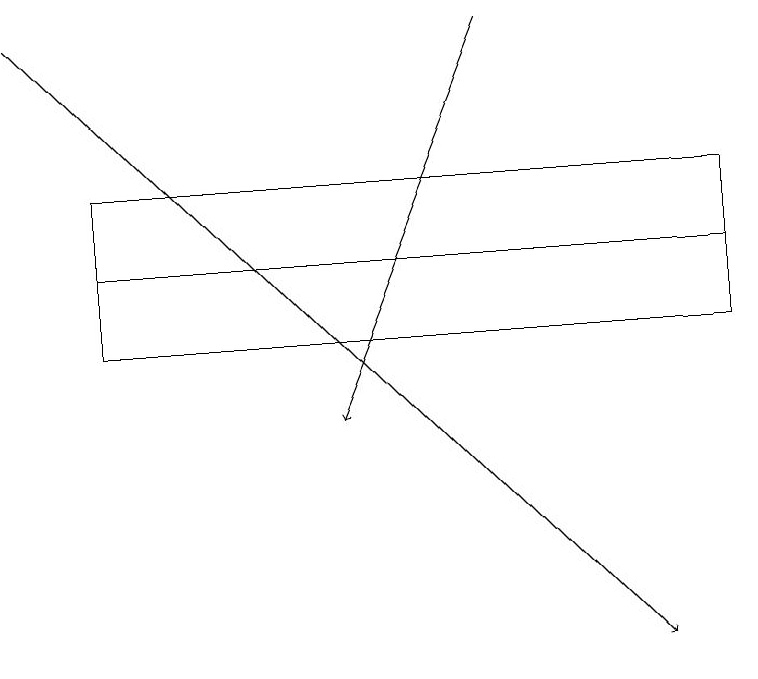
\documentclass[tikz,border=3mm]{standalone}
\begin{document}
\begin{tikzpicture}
\draw[->] (6,18) -- (4,13);
\draw (1,15) rectangle (9,16);
\draw[->] (0,18) -- (8,10);
\draw (1,15) rectangle (9,14);
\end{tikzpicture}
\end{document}